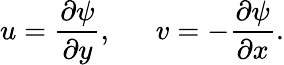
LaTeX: u=\frac{\partial\psi}{\partial y},~~~~~~v=-\frac{\partial\psi}{\partial x}.